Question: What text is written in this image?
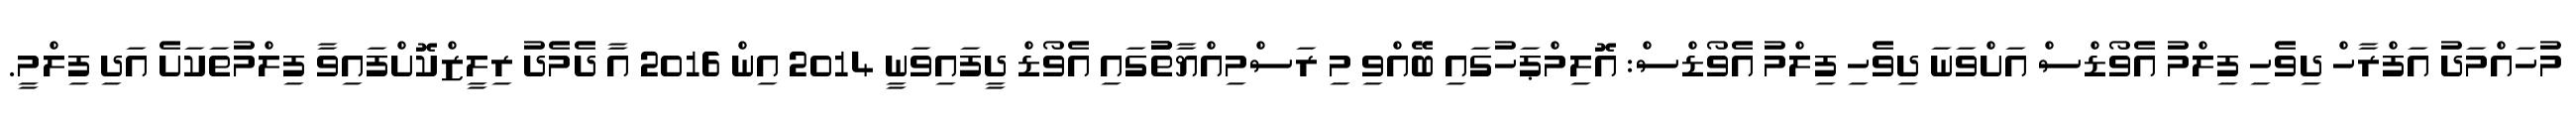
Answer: މުހައްމަދު އަފްރާހް ދިވެހި ފިލްމު އެވޯޑްސް އަށްވަނަ ދިވެހި ފިލްމު އެވޯޑްސް: އޮލިމްޕަހުގައި ބޭއްވި މި ރަސްމިއްޔާތުުގައި އެވޯޑް ދީފައިވަނީ 2014 އިން 2016 އާ ދެމެދު ރިލީޒްކޮށްފައިވާ ފިލްމުތަކަށެ އަދި ފިލްމީ.